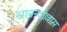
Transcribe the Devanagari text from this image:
आनन्दोल्लास